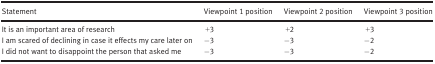
<table><thead><tr><td><b>Statement</b></td><td><b>Viewpoint 1 position</b></td><td><b>Viewpoint 2 position</b></td><td><b>Viewpoint 3 position</b></td></tr></thead><tbody><tr><td>It is an important area of research</td><td>+3</td><td>+2</td><td>+3</td></tr><tr><td>I am scared of declining in case it effects my care later on</td><td>−3</td><td>−3</td><td>−2</td></tr><tr><td>I did not want to disappoint the person that asked me</td><td>−3</td><td>−3</td><td>−2</td></tr></tbody></table>